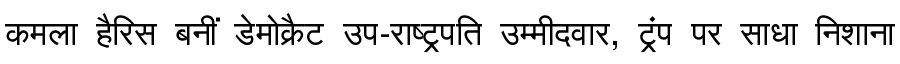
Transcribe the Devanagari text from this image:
कमला हैरिस बनीं डेमोक्रैट उप-राष्ट्रपति उम्मीदवार, ट्रंप पर साधा निशाना